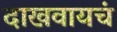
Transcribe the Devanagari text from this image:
दाखवायचं